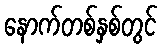
နောက်တစ်နှစ်တွင်